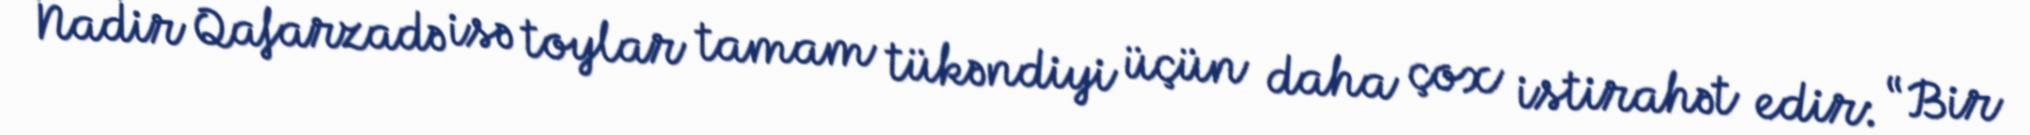
Nadir Qafarzadə isə toylar tamam tükəndiyi üçün daha çox istirahət edir: “Bir